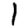
Digit: 1